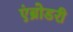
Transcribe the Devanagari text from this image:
एंब्रोडरी